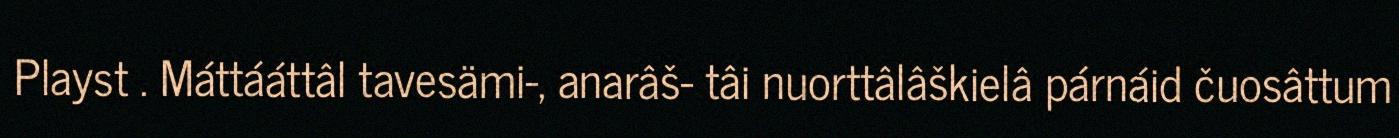
Playst . Máttááttâl tavesämi-, anarâš- tâi nuorttâlâškielâ párnáid čuosâttum